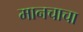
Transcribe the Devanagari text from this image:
मानचाचा